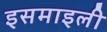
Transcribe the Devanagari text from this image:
इसमाइली